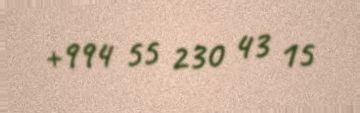
+994 55 230 43 15